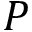
P